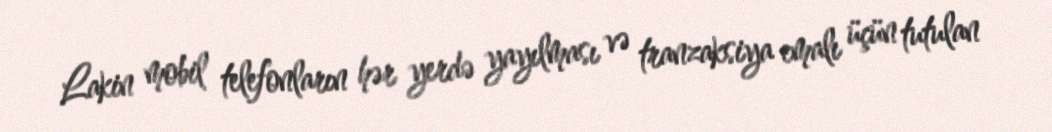
Lakin mobil telefonların hər yerdə yayılması və tranzaksiya emalı üçün tutulan